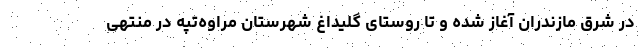
در شرق مازندران آغاز شده و تا روستای گلیداغ شهرستان مراوه‌تپه در منتهی